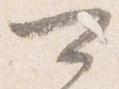
可